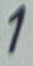
Text: 1